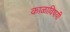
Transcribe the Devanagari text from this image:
काळाविषयी